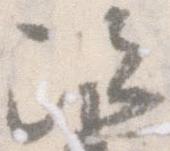
次